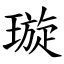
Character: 璇